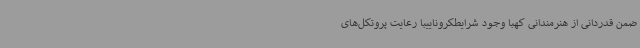
ضمن قدردانی از هنرمندانی کهبا وجود شرایطکروناییبا رعایت پروتکل‌های